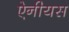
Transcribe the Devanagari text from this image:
ऐनीयस